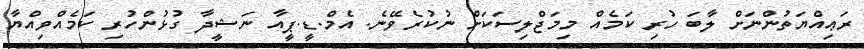
ރަޢިއްޔަތުންނަށް ލާބަ ހުރި ކަމެއް މިމަޖްލިސަކަށް ނުކުރެވޭނެ. އެމް.ޑީ.ޕީއާ ނަޝީދާ ގުޅުންހުރި ކަމެއްވިއްޔާ